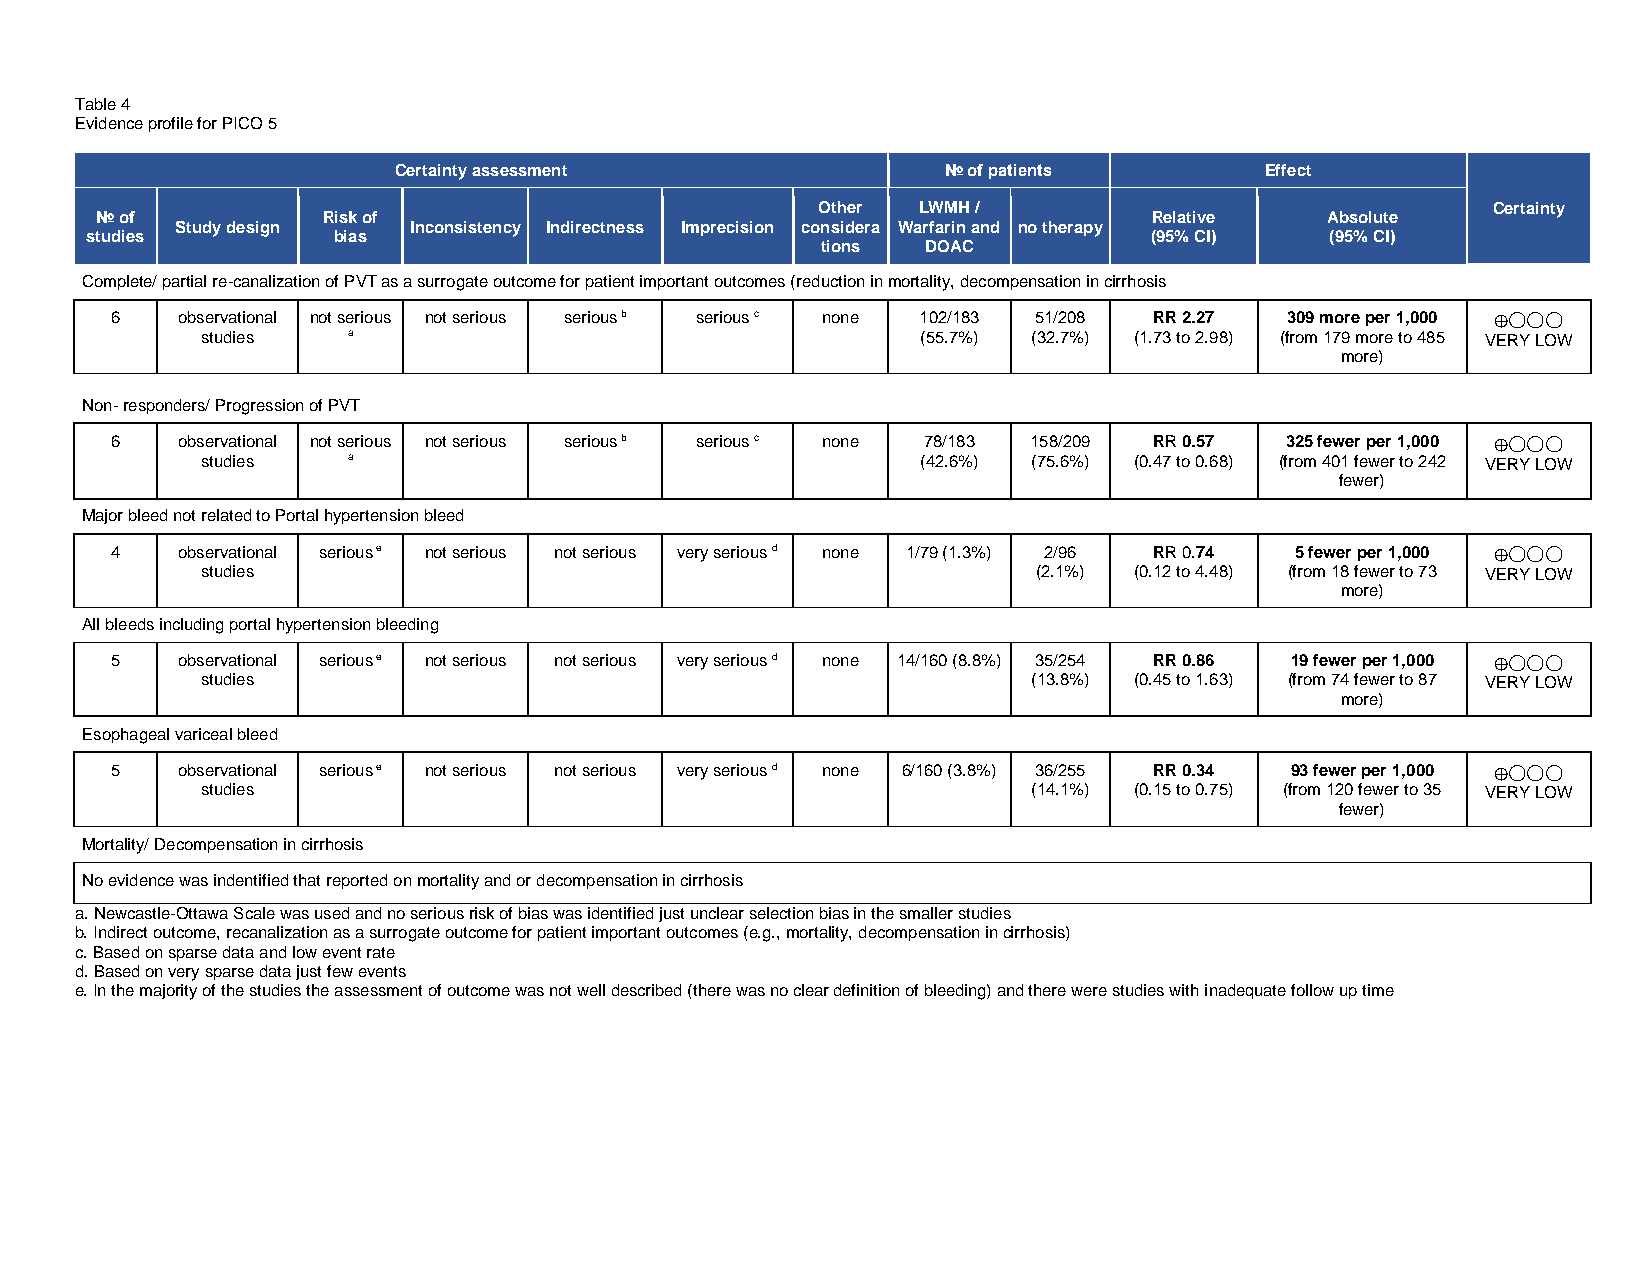
Table 4
 Evidence profile for PICO 5
 Certainty assessment                 № of patients        Effect
 Other  LWMH /                                Certainty
 № of           Risk of                                                Relative    Absolute
 Study design   Inconsistency Indirectness Imprecision considera Warfarin and no therapy
 studies         bias                                                  (95% CI)    (95% CI)
 tions  DOAC
 Complete/ partial re-canalization of PVT as a surrogate outcome for patient important outcomes (reduction in mortality, decompensation in cirrhosis
 6    observational not serious not serious serious b serious c none 102/183 51/208 RR 2.27 309 more per 1,000
 ◯◯◯
 studies   a                                     (55.7%) (32.7%) (1.73 to 2.98) (from 179 more to 485 VERY LOW
 more)     ⨁
 Non- responders/ Progression of PVT
 6    observational not serious not serious serious b serious c none 78/183 158/209 RR 0.57 325 fewer per 1,000
 ◯◯◯
 studies   a                                     (42.6%) (75.6%) (0.47 to 0.68) (from 401 fewer to 242 VERY LOW
 fewer)    ⨁
 Major bleed not related to Portal hypertension bleed
 4    observational serious e not serious not serious very serious d none 1/79 (1.3%) 2/96 RR 0.74 5 fewer per 1,000
 ◯◯◯
 studies                                                 (2.1%) (0.12 to 4.48) (from 18 fewer to 73 VERY LOW
 more)     ⨁
 All bleeds including portal hypertension bleeding
 5    observational serious e not serious not serious very serious d none 14/160 (8.8%) 35/254 RR 0.86 19 fewer per 1,000
 ◯◯◯
 studies                                                (13.8%) (0.45 to 1.63) (from 74 fewer to 87 VERY LOW
 more)     ⨁
 Esophageal variceal bleed
 5    observational serious e not serious not serious very serious d none 6/160 (3.8%) 36/255 RR 0.34 93 fewer per 1,000
 ◯◯◯
 studies                                                (14.1%) (0.15 to 0.75) (from 120 fewer to 35 VERY LOW
 fewer)    ⨁
 Mortality/ Decompensation in cirrhosis
 No evidence was indentified that reported on mortality and or decompensation in cirrhosis
 a. Newcastle-Ottawa Scale was used and no serious risk of bias was identified just unclear selection bias in the smaller studies
 b. Indirect outcome, recanalization as a surrogate outcome for patient important outcomes (e.g., mortality, decompensation in cirrhosis)
 c. Based on sparse data and low event rate
 d. Based on very sparse data just few events
 e. In the majority of the studies the assessment of outcome was not well described (there was no clear definition of bleeding) and there were studies with inadequate follow up time